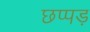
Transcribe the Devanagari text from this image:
छप्पड़